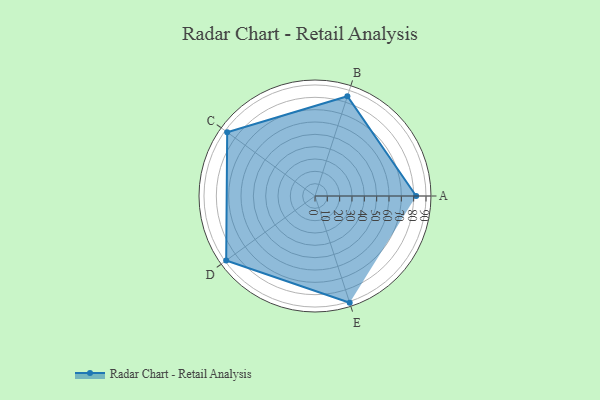
{"axis": {"x": "Skill", "y": "Score"}, "legend": ["Profile"], "data": [{"x": "A", "y": 82.0, "type": "Profile"}, {"x": "B", "y": 85.0, "type": "Profile"}, {"x": "C", "y": 88.0, "type": "Profile"}, {"x": "D", "y": 89.0, "type": "Profile"}, {"x": "E", "y": 91.0, "type": "Profile"}]}